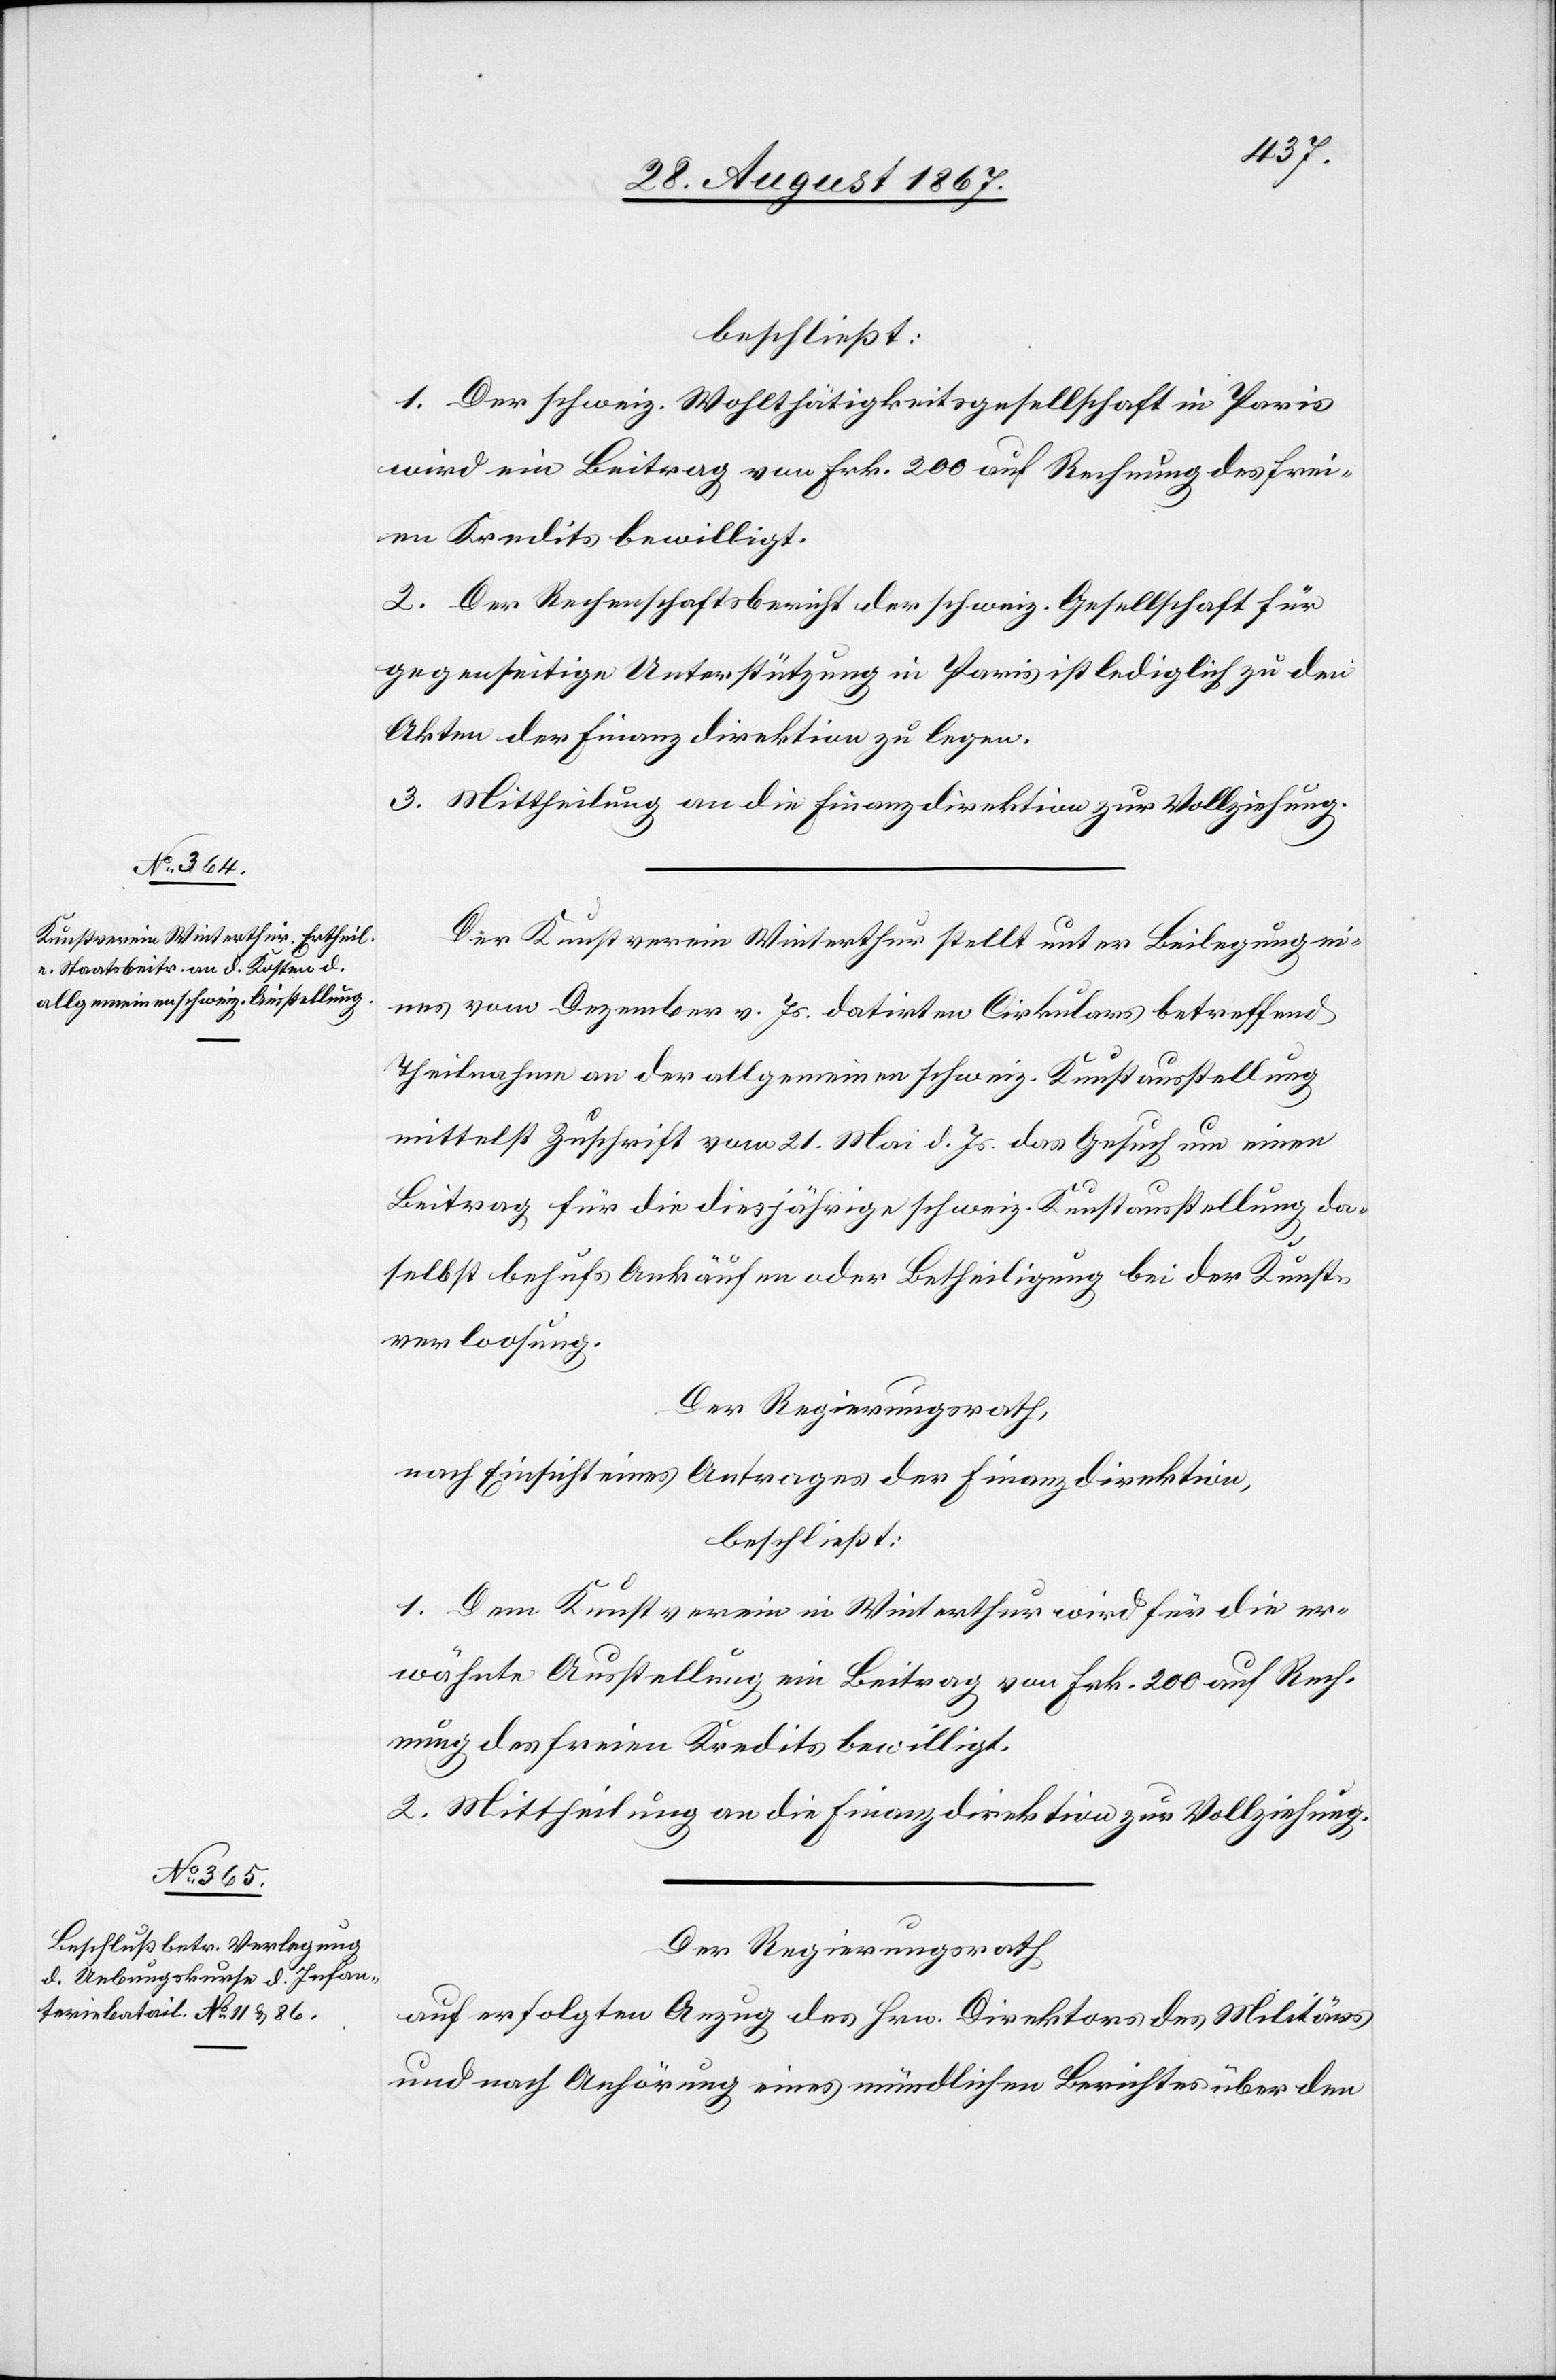
beschließt:
1. Der schweiz. Wohlthätigkeitsgesellschaft in Paris
wird ein Beitrag von Frk. 200 auf Rechnung des frei¬
en Kredits bewilligt.
2. Der Rechenschaftsbericht der schweiz. Gesellschaft für
gegenseitige Unterstützung in Paris ist lediglich zu den
Akten der Finanzdirektion zu legen.
3. Mittheilung an die Finanzdirektion zur Vollziehung.
Der Kunstverein Winterthur stellt unter Beilegung ei¬
nes vom Dezember v. Js. datirten Cirkulars betreffend
Theilnahme an der allgemeinen schweiz. Kunstausstellung
mittelst Zuschrift vom 21. Mai d. Js. das Gesuch um einen
Beitrag für die diesjährige schweiz. Kunstausstellung da¬
selbst behufs Ankäufen oder Betheiligung bei der Kunst¬
verlosung.
Der Regierungsrath,
nach Einsicht eines Antrages der Finanzdirektion,
beschließt:
1. Dem Kunstverein in Winterthur wird für die er¬
wähnte Ausstellung ein Beitrag von Frk. 200 auf Rech¬
nung des freien Kredits bewilligt.
2. Mittheilung an die Finanzdirektion zur Vollziehung.
Der Regierungsrath,
auf erfolgten Anzug des Hrn. Direktors des Militärs
und nach Anhörung eines mündlichen Berichtes über den